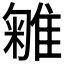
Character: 𨿥